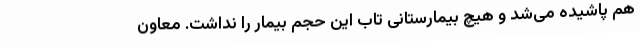
هم پاشیده می‌شد و هیچ بیمارستانی تاب این حجم بیمار را نداشت. معاون